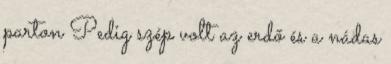
parton Pedig szép volt az erdő és a nádas